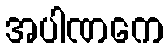
အပါဏကေ